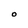
Character: O